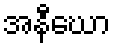
အနီဃော